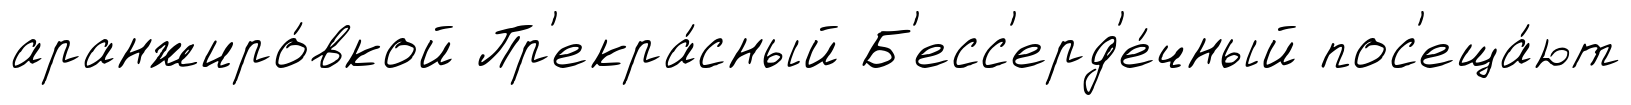
аранжиро́вкой Пр'екра́сный Б'есс'ерд'е́чный пос'еща́ют